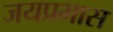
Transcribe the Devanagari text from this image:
जयप्रभास